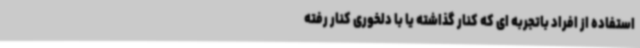
استفاده از افراد باتجربه ای که کنار گذاشته یا با دلخوری کنار رفته